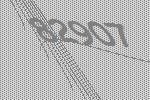
82907